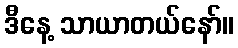
ဒီနေ့ သာယာတယ်နော်။